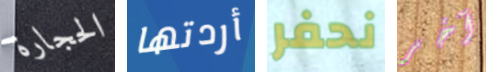
الحجارة أردتها نحفر آخر